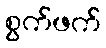
စွက်ဖက်